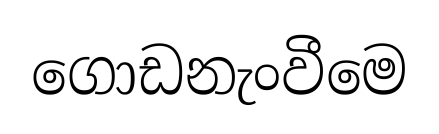
ගොඩනැංවීමෙ